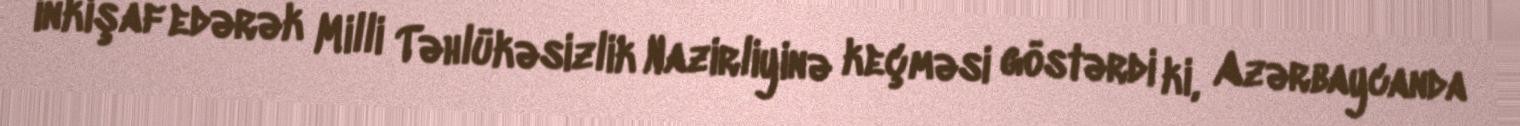
inkişaf edərək Milli Təhlükəsizlik Nazirliyinə keçməsi göstərdi ki, Azərbaycanda